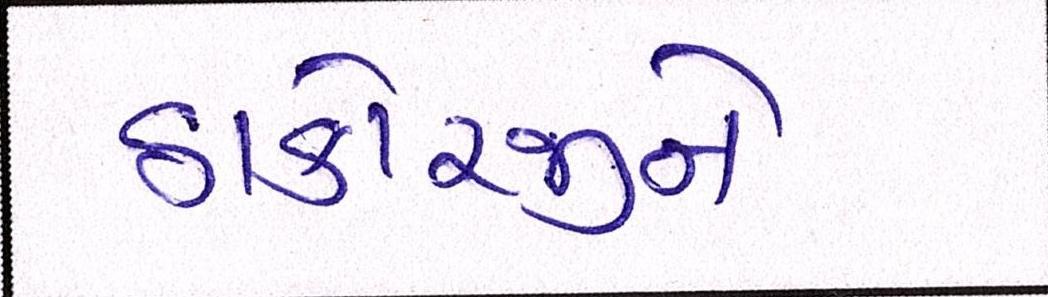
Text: ઠાકોરજીને